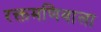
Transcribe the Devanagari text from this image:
रक्तमणिवाला